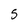
Character: 5